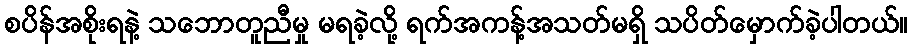
စပိန်အစိုးရနဲ့ သဘောတူညီမှု မရခဲ့လို့ ရက်အကန့်အသတ်မရှိ သပိတ်မှောက်ခဲ့ပါတယ်။